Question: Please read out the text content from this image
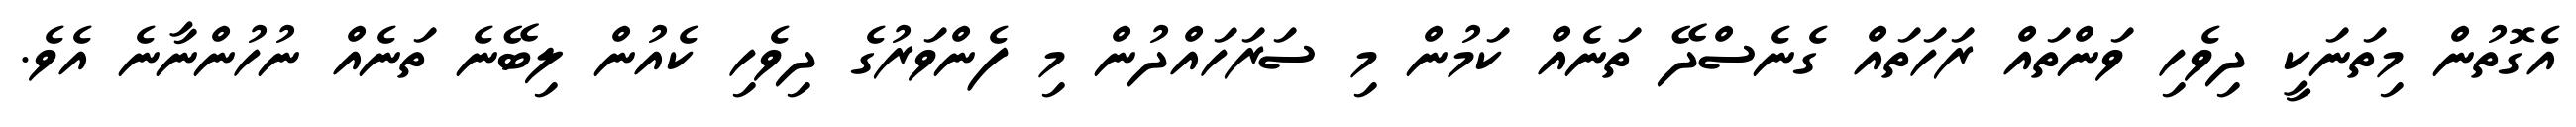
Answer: އެގޮތުން މިތަނަކީ ދިވެހި ވަންތައް ރަހަތައް ގެނެސްދޭ ތަނެއް ކަމުން މި ސަރަހައްދުން މި ފެންވަރުގެ ދިވެހި ކެއުން ލިބޭނެ ތަނެއް ނުހުންނާނެ އެވެ.